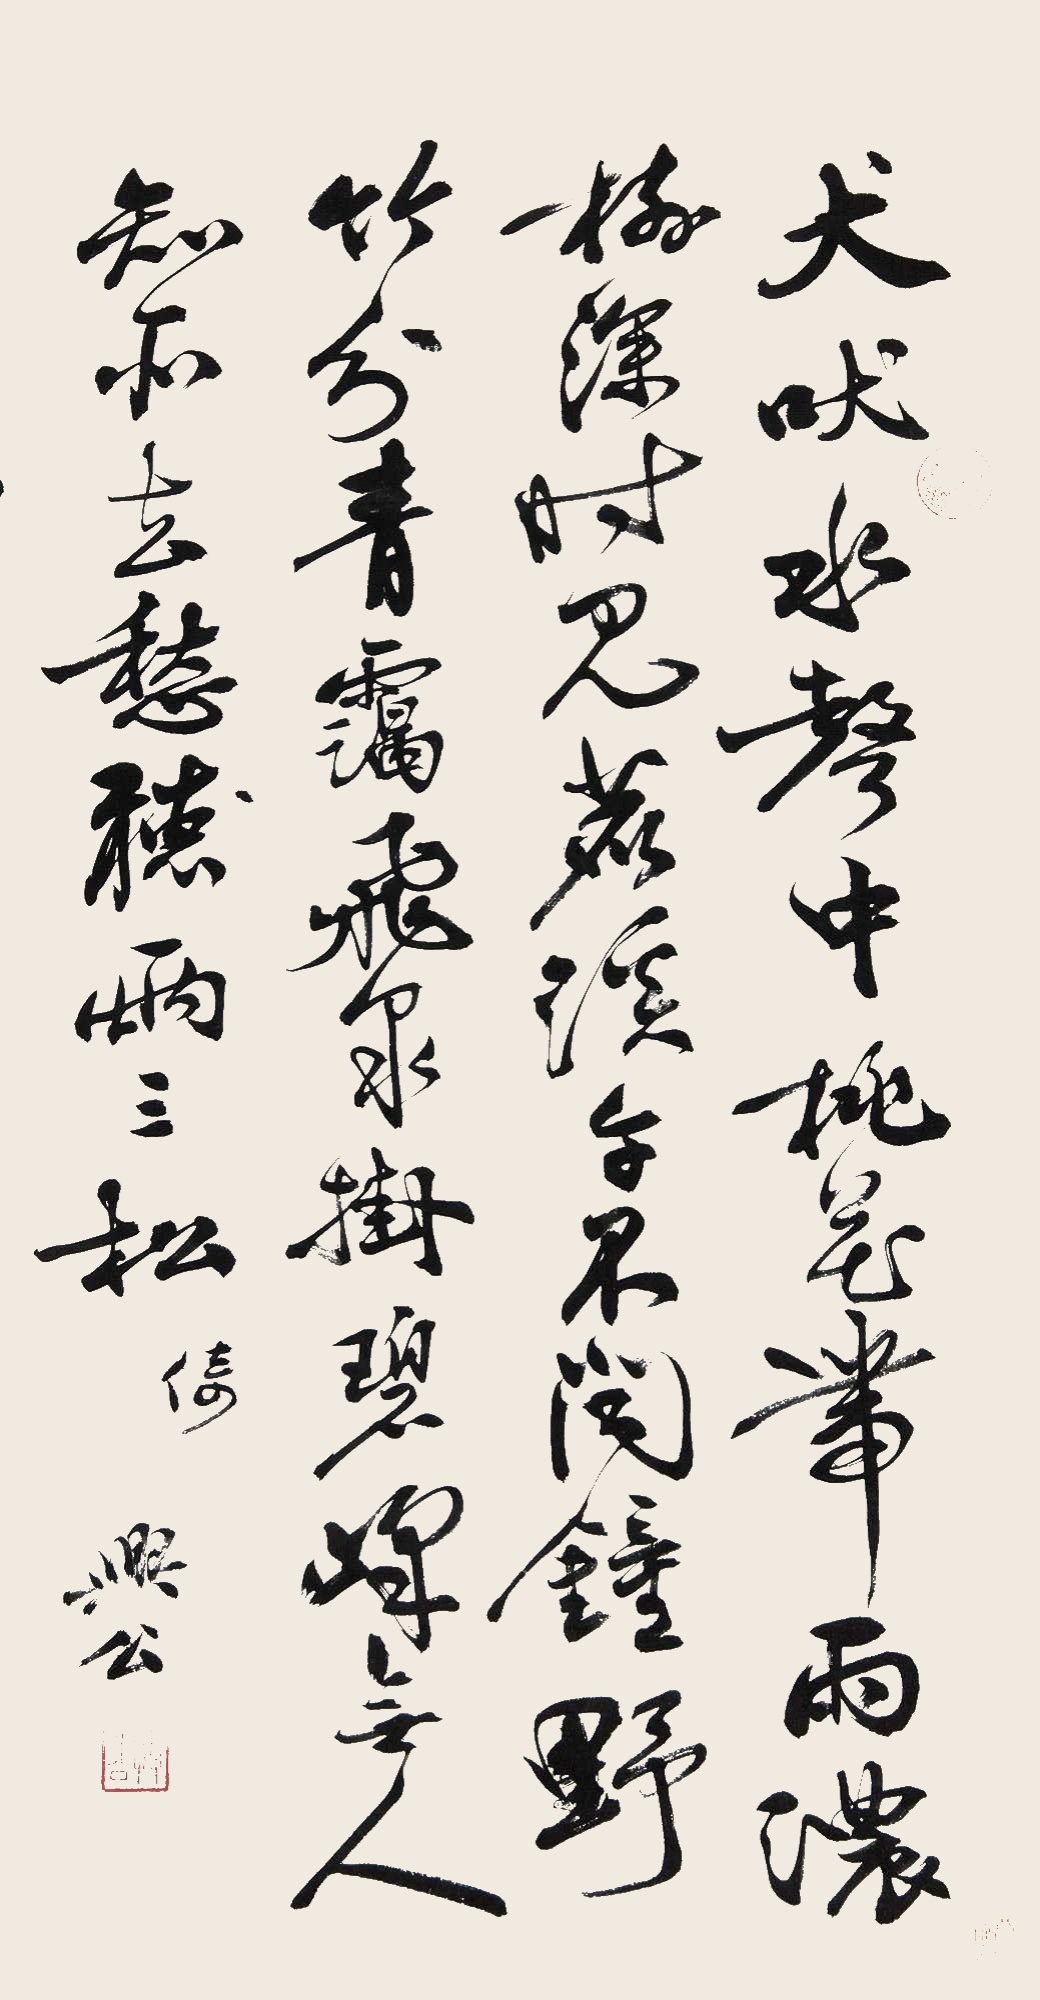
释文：犬吠水声中，桃花带雨浓。树深时见鹿，溪午不闻钟。野竹分青霭，飞泉挂碧峰。无人知所去，愁听（倚）两三松。兴公。